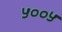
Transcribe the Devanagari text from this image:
५००५